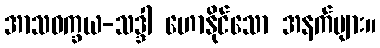
အာသဝက္ခယ-သဒ္ဒါ ဟောနိုင်သော အနက်များ။